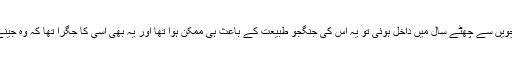
فرخی اگر ماں کے دودھ سے محرومی اور بیماریوں کے پے در پے حملوں کے با وجود اگر پانچویں سے چھٹے سال میں داخل ہوئی تو یہ اس کی جنگجو طبیعت کے باعث ہی ممکن ہوا تھا اور یہ بھی اسی کا جگرا تھا کہ وہ جینے کے مخدوش امکانات کے با وجود موت سے لڑتے بھڑتے عمر کی چار دہائیاں نکال گئی تھی۔